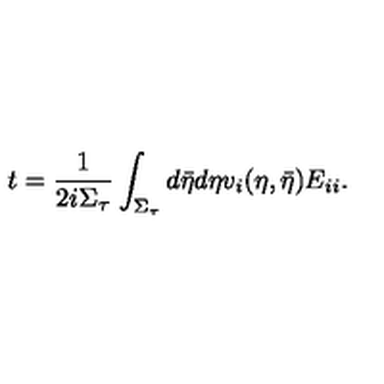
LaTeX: t = \frac { 1 } { 2 i \Sigma _ { \tau } } \int _ { \Sigma _ { \tau } } d \bar { \eta } d \eta v _ { i } ( \eta , \bar { \eta } ) E _ { i i } .